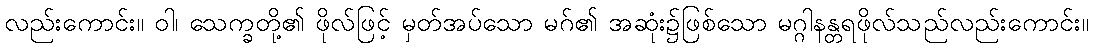
လည်းကောင်း။ ဝါ၊ သေက္ခတို့၏ ဖိုလ်ဖြင့် မှတ်အပ်သော မဂ်၏ အဆုံး၌ဖြစ်သော မဂ္ဂါနန္တရဖိုလ်သည်လည်းကောင်း။